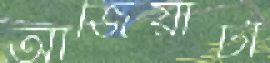
আজিয়াটা